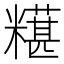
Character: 𫃒